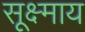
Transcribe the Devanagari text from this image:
सूक्ष्माय